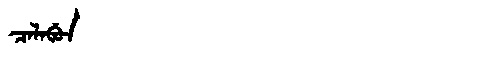
Manchu: ᠴᠠᠯᠠᠪᡠᠨ
Romanization: CALABUN